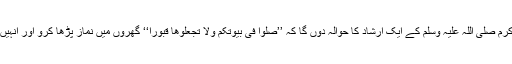
یہاں جناب نبی اکرم صلی اللہ علیہ وسلم کے ایک ارشاد کا حوالہ دوں گا کہ ’’صلوا فی بیوتکم ولا تجعلوھا قبورًا‘‘ گھروں میں نماز پڑھا کرو اور انہیں قبرستان نہ بناؤ۔